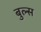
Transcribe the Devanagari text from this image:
बुल्‍स